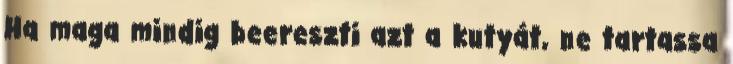
Ha maga mindig beereszti azt a kutyát, ne tartassa